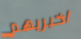
اخبريهم